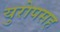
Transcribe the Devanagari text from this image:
युरोपसह